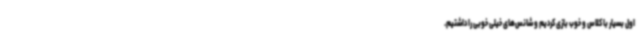
اول بسیار با کلاس و خوب بازی کردیم و شانس‌های خیلی خوبی را داشتیم.